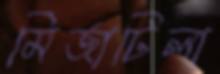
মির্জাটিলা